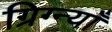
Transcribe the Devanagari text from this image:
ग्रिग्न्याँ